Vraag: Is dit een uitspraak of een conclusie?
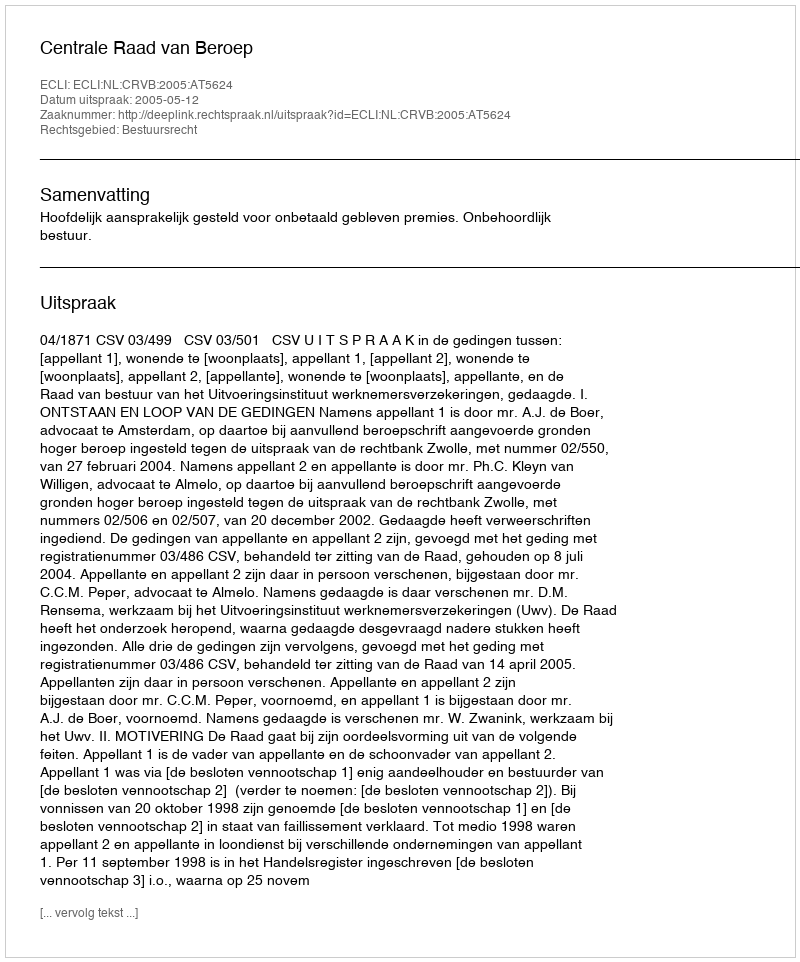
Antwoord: Uitspraak